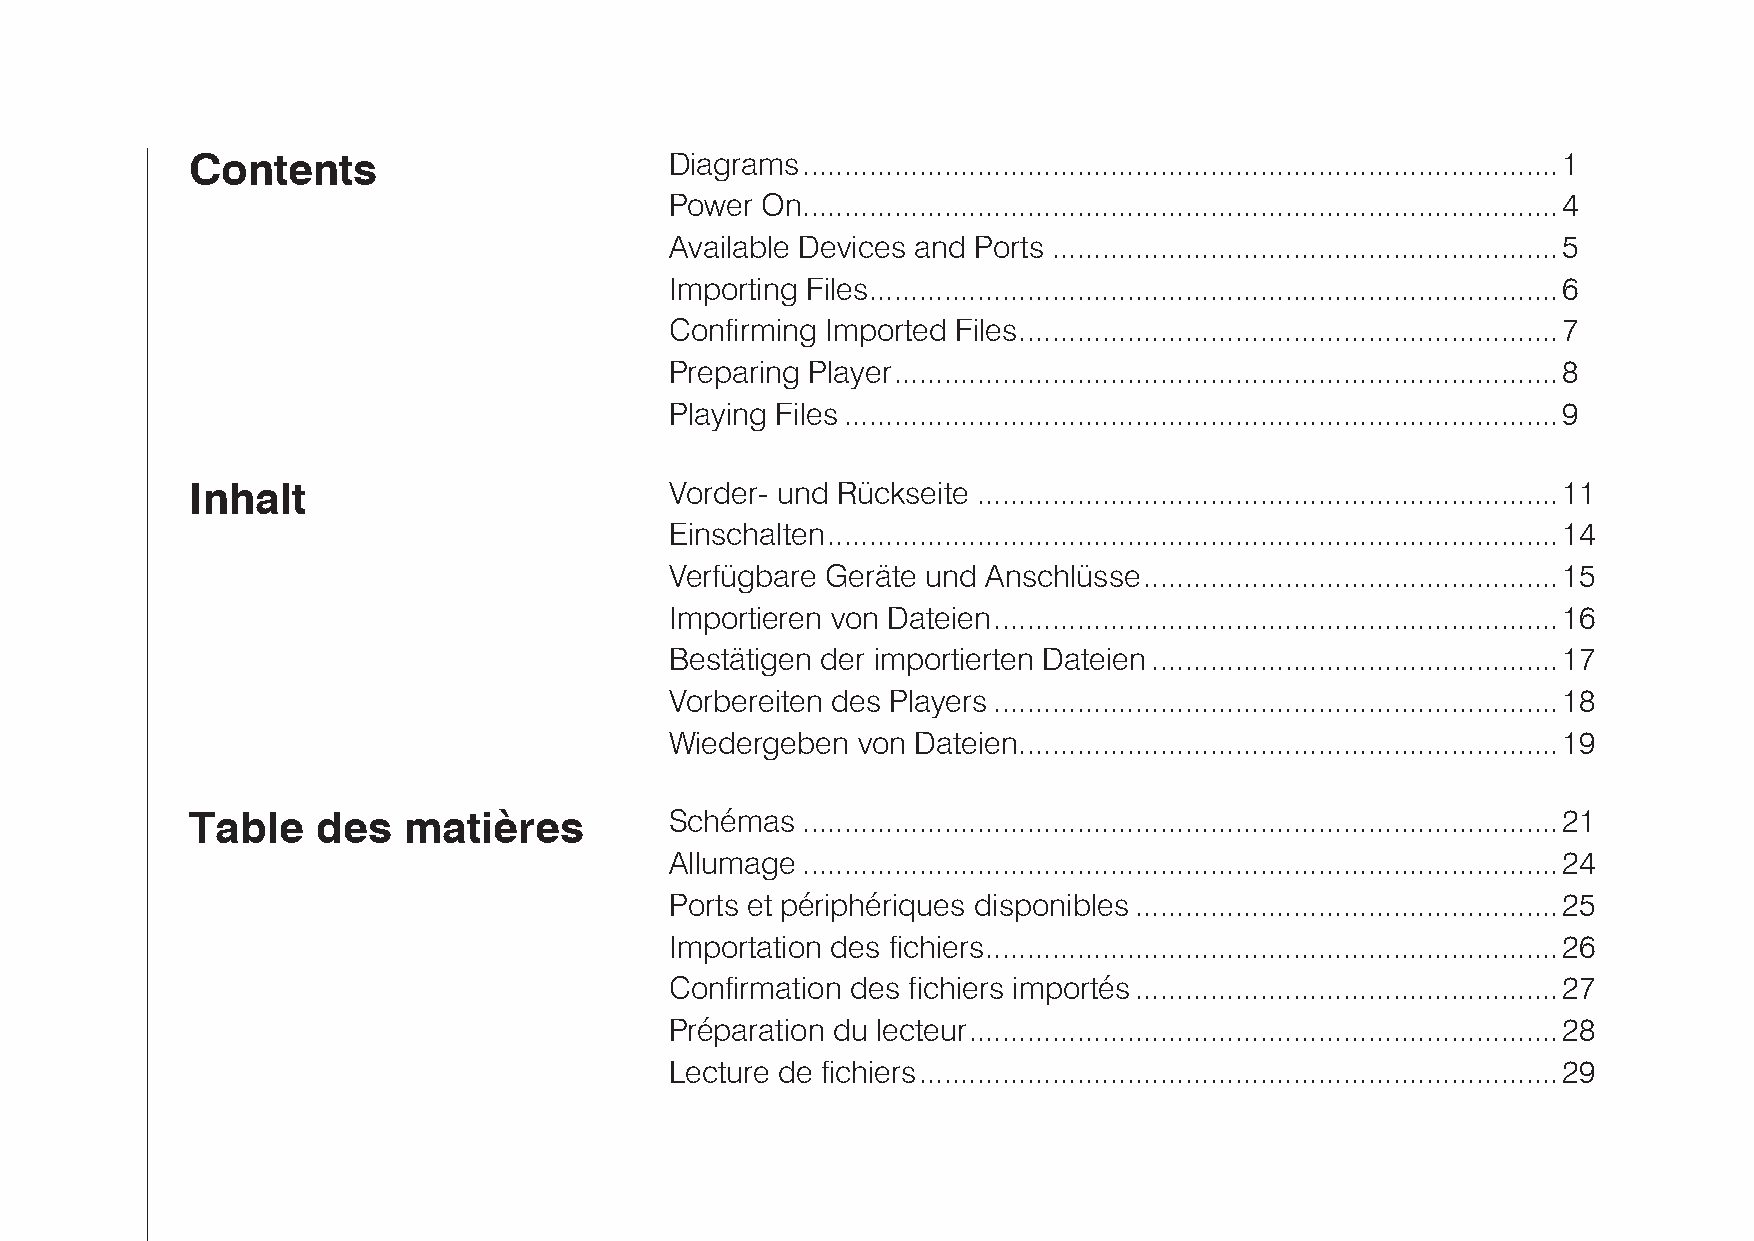
Contents                       Diagrams...........................................................................................1
 Power On...........................................................................................4
 Available Devices and Ports .............................................................5
 Importing Files...................................................................................6
 Confirming Imported Files.................................................................7
 Preparing Player................................................................................8
 Playing Files......................................................................................9
 Inhalt                         Vorder- und Rückseite ......................................................................11
 Einschalten........................................................................................14
 Verfügbare Geräte und Anschlüsse..................................................15
 Importieren von Dateien....................................................................16
 Bestätigen der importierten Dateien.................................................17
 Vorbereiten des Players....................................................................18
 Wiedergeben  von Dateien.................................................................19
 Table   des   matières         Schémas  ...........................................................................................21
 Allumage ...........................................................................................24
 Ports et périphériques disponibles...................................................25
 Importation des fichiers.....................................................................26
 Confirmation des fichiers importés...................................................27
 Préparation du lecteur.......................................................................28
 Lecture de fichiers.............................................................................29